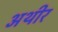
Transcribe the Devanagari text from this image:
अथीर